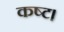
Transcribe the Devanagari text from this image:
कष्ट।